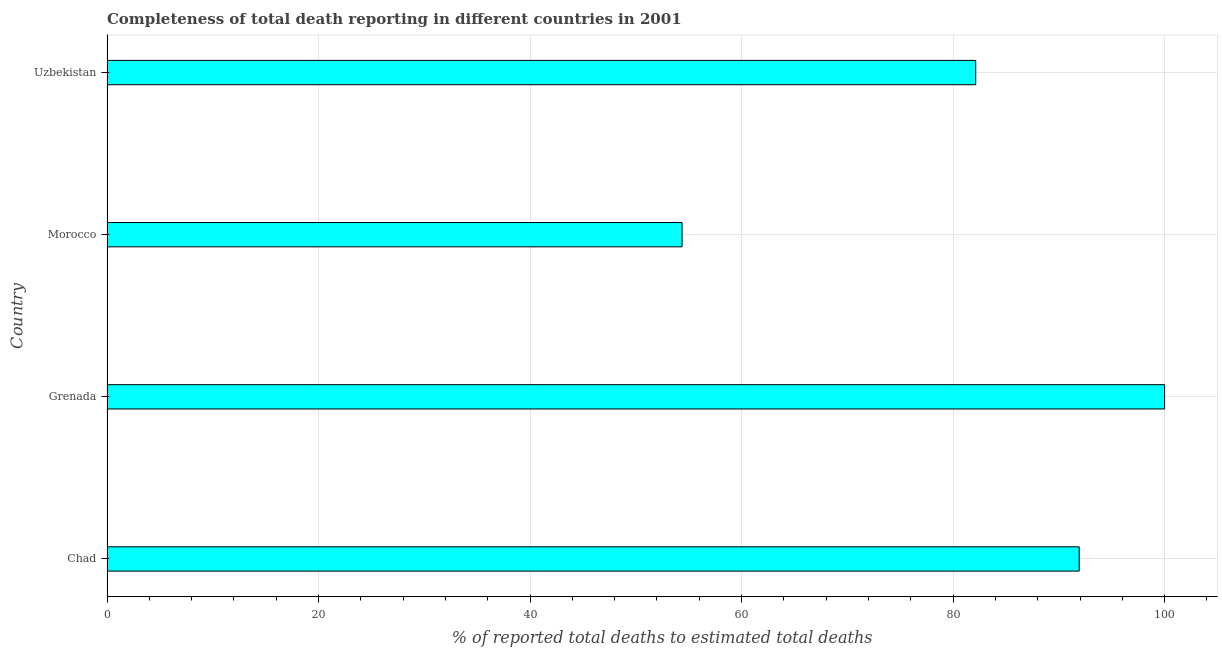
| Country | Completeness of total death reporting  |
 | --- | --- |
 | Chad | 91.9 |
 | Grenada | 100 |
 | Morocco | 54.4 |
 | Uzbekistan | 82.1 |